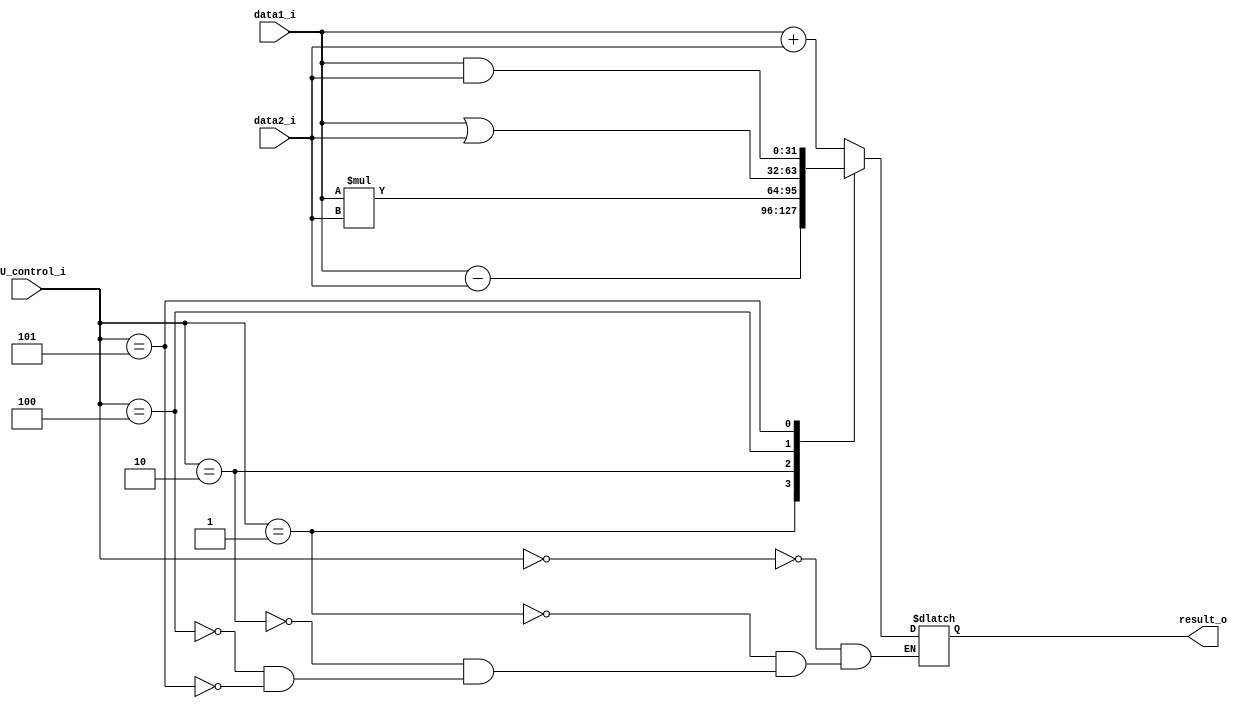
module ALU
(
  input [2:0] ALU_control_i,
  input [31:0] data1_i,
  input [31:0] data2_i,
  output [31:0] result_o
);

reg [31:0] result;

parameter ADD = 3'b000;
parameter SUB = 3'b001;
parameter MUL = 3'b010;
parameter OR  = 3'b100;
parameter AND = 3'b101;

assign result_o = result;

always @(*) begin
  case (ALU_control_i)
  ADD: begin
    result <= data1_i + data2_i;
  end
  SUB: begin
    result <= data1_i - data2_i;
  end
  MUL: begin
    result <= data1_i * data2_i;
  end
  OR: begin
    result <= data1_i | data2_i;
  end
  AND: begin
    result <= data1_i & data2_i;
  end
  endcase
end

endmodule